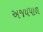
અજયપાળ